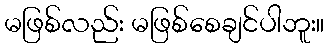
မဖြစ်လည်း မဖြစ်စေချင်ပါဘူး။